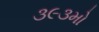
૩૯૩મો